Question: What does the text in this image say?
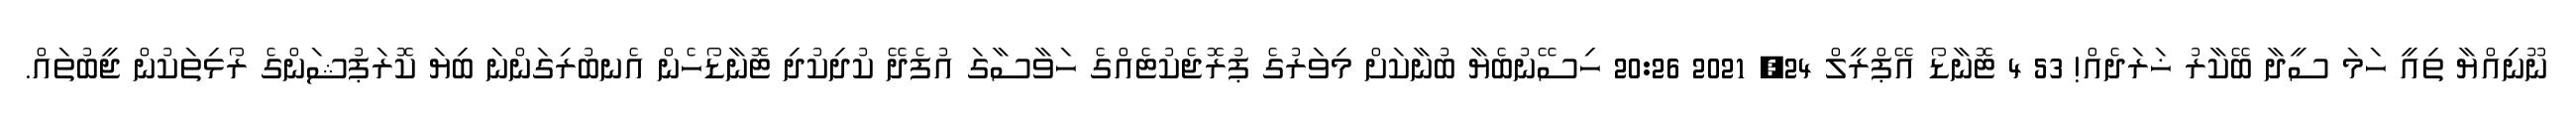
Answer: ނޫނިއްޔާ ތިއީ ހަމަ ސީދާ ބޭކާރު ޚަރަދެއް! 53 4 ޓޮނާޑޯ އޭޕްރީލް 24, 2021 20:26 ހިސޭނުބެޔާ ބުނާކަށް މިވަރުގެ ޕުރޮޖެކުޓެއްގެ ހަވާސާގަ އުފެދޭ ކުދިކުދި ޓޮނާޑޯހެން އެނބުރިގަންނަ ބިޔަ ކޮރަޕުޝަންގެ ރޯޅިތަކުން ޖީބުތައް.